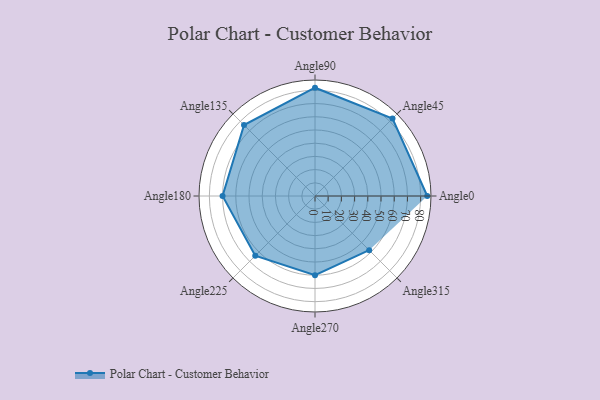
{"axis": {"x": "Angle", "y": "Radius"}, "legend": [""], "data": [{"x": "Angle0", "y": 85.0, "type": ""}, {"x": "Angle45", "y": 83.0, "type": ""}, {"x": "Angle90", "y": 82.0, "type": ""}, {"x": "Angle135", "y": 76.0, "type": ""}, {"x": "Angle180", "y": 70.0, "type": ""}, {"x": "Angle225", "y": 64.0, "type": ""}, {"x": "Angle270", "y": 60.0, "type": ""}, {"x": "Angle315", "y": 58.0, "type": ""}]}